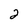
Character: 2